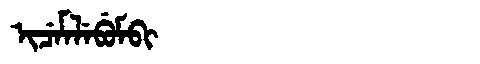
Manchu: ᡳᠴᡝᠮᠯᡝᠪᡠᠮᠪᡳ
Romanization: ICEMLEBUMBI